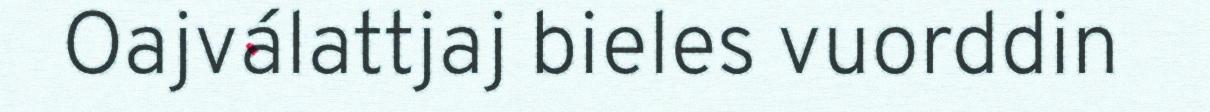
Oajválattjaj bieles vuorddin